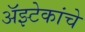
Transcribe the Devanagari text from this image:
अॅझ्टेकांचे